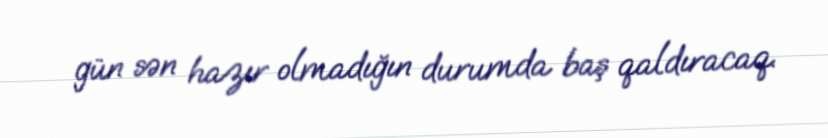
gün sən hazır olmadığın durumda baş qaldıracaq.